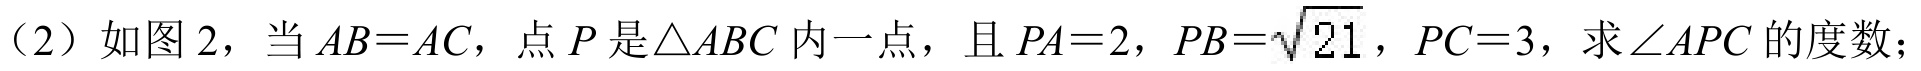
（2）如图 2，当 \(AB = AC\)，点 \(P\) 是\(\triangle ABC\) 内一点，且 \(PA = 2\)，\(PB=\sqrt{21}\)，\(PC = 3\)，求\(\angle APC\) 的度数；